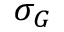
\sigma _ { G }